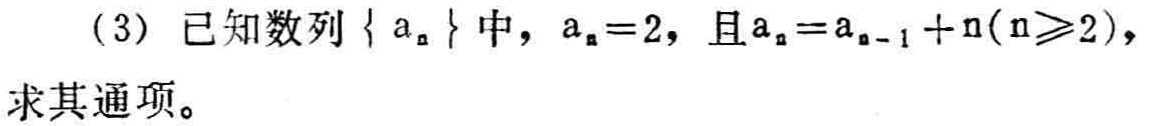
(3) 已知数列\(\{ a_{n}\}\)中，\(a_{1}=2\)，且\(a_{n}=a_{n - 1}+n(n\geqslant2)\)，求其通项。